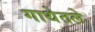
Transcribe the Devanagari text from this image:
गाथेतले